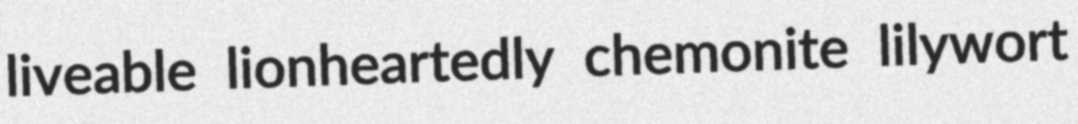
liveable lionheartedly chemonite lilywort